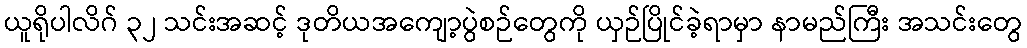
ယူရိုပါလိဂ် ၃၂ သင်းအဆင့် ဒုတိယအကျော့ပွဲစဉ်တွေကို ယှဉ်ပြိုင်ခဲ့ရာမှာ နာမည်ကြီး အသင်းတွေ